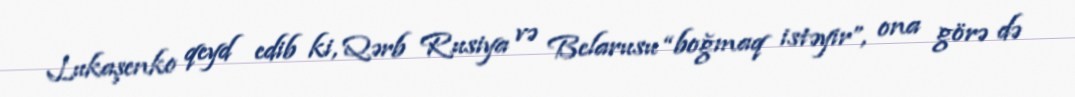
Lukaşenko qeyd edib ki, Qərb Rusiya və Belarusu “boğmaq istəyir”, ona görə də